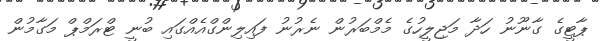
ޕާޓީގެ ގާނޫނު ހަދާ މަޖިލީހުގެ މެމްބަރުން ނެރުނު ފައިލިންގްއެއްގައި ބުނީ ޓްރަމްޕް މަގާމުން